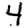
Digit: 4